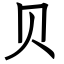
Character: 贝